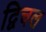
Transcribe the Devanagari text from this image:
द्विचल